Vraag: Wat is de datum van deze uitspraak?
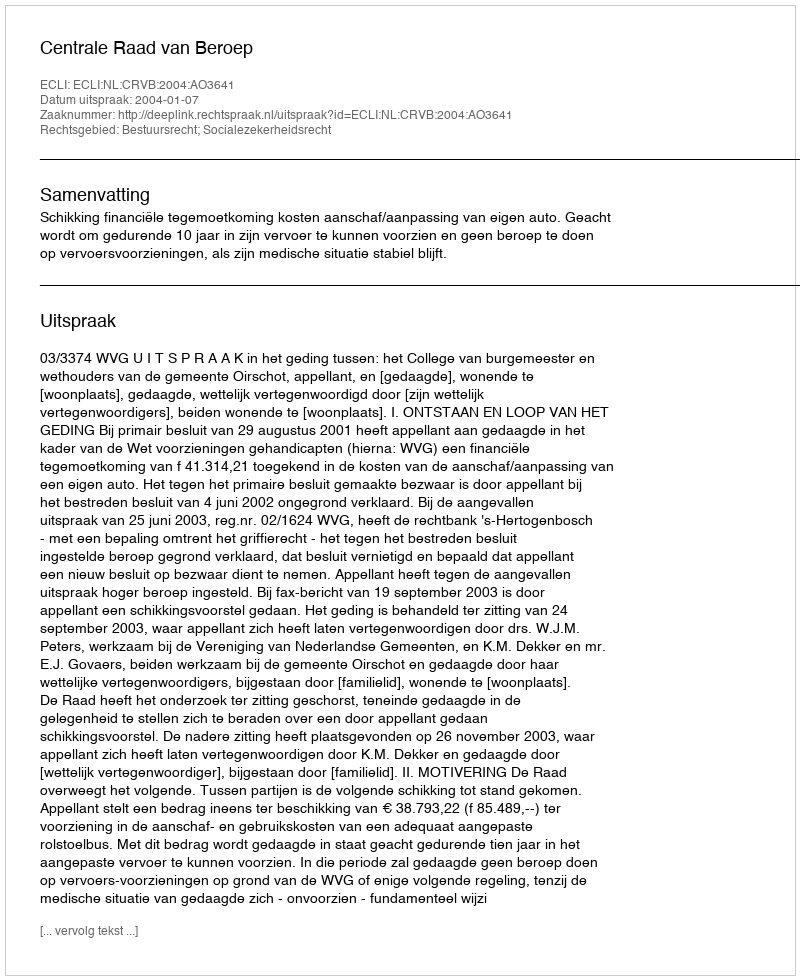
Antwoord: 2004-01-07